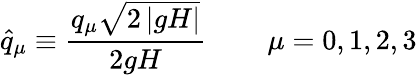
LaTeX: \widehat{q}_{\mu}\equiv\frac{q_{\mu}\sqrt{2\left|gH\right|}}{2gH}\, \qquad\mu=0,1,2,3